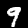
Label: 9